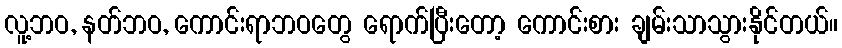
လူ့ဘဝ, နတ်ဘဝ, ကောင်းရာဘဝတွေ ရောက်ပြီးတော့ ကောင်းစား ချမ်းသာသွားနိုင်တယ်။